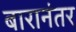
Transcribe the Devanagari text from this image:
बारानंतर